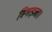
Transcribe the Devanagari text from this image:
बिगाड़ना।